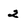
Character: 2